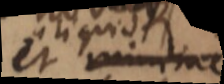
et minime